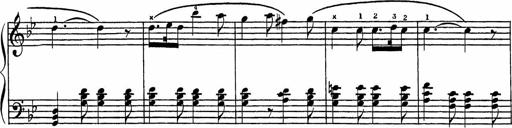
Title: Song of the River
Composer: Frederick Henry Pease